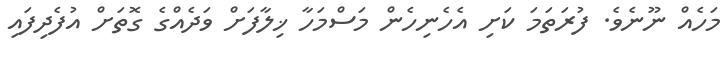
މަހެއް ނޫނެވެ. ފުރަތަމަ ކަށި އެހެނިހެން މަސްމަހާ ޚިލާފަށް ވަދެއްގެ ގޮތަށް އުފެދިފައި